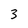
Character: 3